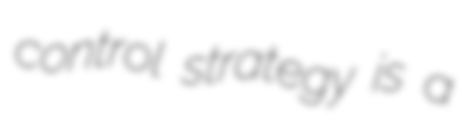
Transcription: control strategy is a